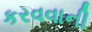
કરવવાની